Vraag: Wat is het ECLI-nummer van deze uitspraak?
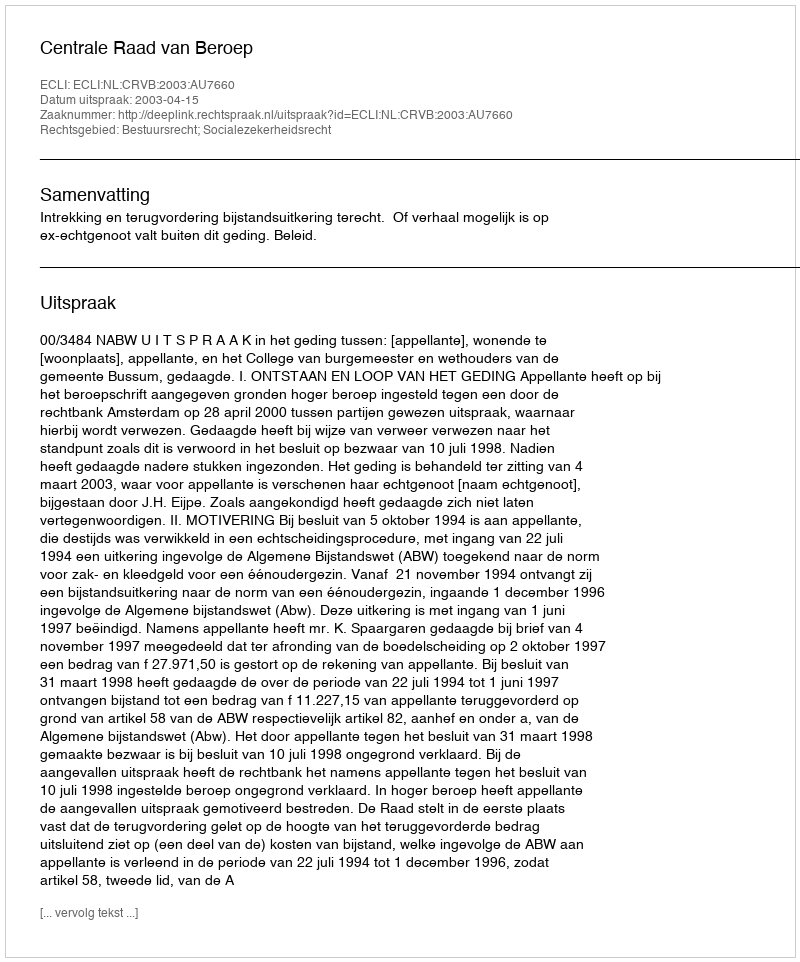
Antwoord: ECLI:NL:CRVB:2003:AU7660